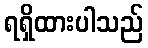
ရရှိထားပါသည်